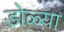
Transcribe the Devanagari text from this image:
डोळ्या